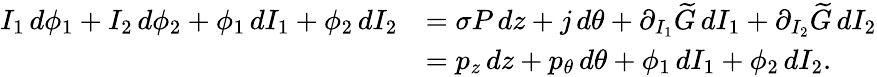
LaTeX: \begin{array}{rl}{I_{1}\, d\phi_{1}+I_{2}\, d\phi_{2}+\phi_{1}\, dI_{1}+\phi_{2}\, dI_{2}}&{=\sigma P\, dz+j\, d\theta+\partial_{I_{1}}\widetilde{G}\, dI_{1}+\partial_{I_{2}}\widetilde{G}\, dI_{2}}\\ &{=p_{z}\, dz+p_{\theta}\, d\theta+\phi_{1}\, dI_{1}+\phi_{2}\, dI_{2}.}\end{array}